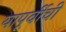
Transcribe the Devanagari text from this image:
यापूर्वीची